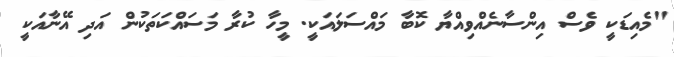
"މެއިޑަކީ ވެސް އިންސާނެއްވިއްޔާ ކޮބާ މައްސަލައަކީ. މީހާ ކުރާ މަސައްކަތަކުން އަދި އޭނާއަކީ